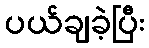
ပယ်ချခဲ့ပြီး